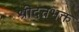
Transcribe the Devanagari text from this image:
श्रीदत्तभक्त